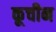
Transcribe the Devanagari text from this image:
कूचीन